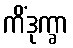
ကိံဒုက္ခာ